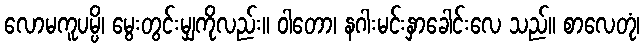
လောမကူပမ္ပိ၊ မွေးတွင်းမျှကိုလည်း။ ဝါတော၊ နဂါးမင်းနှာခေါင်းလေ သည်။ စာလေတုံ၊